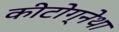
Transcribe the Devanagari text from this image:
कीटोग्नेथा